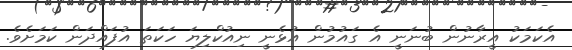
އެކަމަކު އީރާނުން ބުނަނީ އެ ގައުމުން އުޅެނީ ނިއުކްލިޔަ ހަކަތަ އުފައްދަން ކަމަށެވެ.